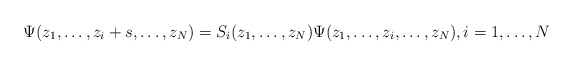
\begin{align*}\Psi(z_1,\ldots,z_i+s,\ldots,z_N)=S_i(z_1,\ldots,z_N)\Psi(z_1,\ldots,z_i,\ldots,z_N),i=1,\ldots,N\end{align*}